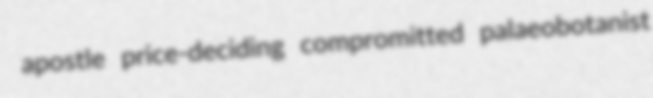
apostle price-deciding compromitted palaeobotanist